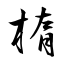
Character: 楕